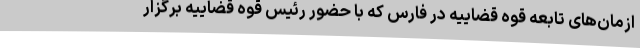
ازمان‌های تابعه قوه قضاییه در فارس که با حضور رئیس قوه قضاییه برگزار